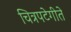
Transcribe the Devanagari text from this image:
चित्रपटेगीते